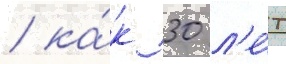
/ ка́к 30 л'е́т